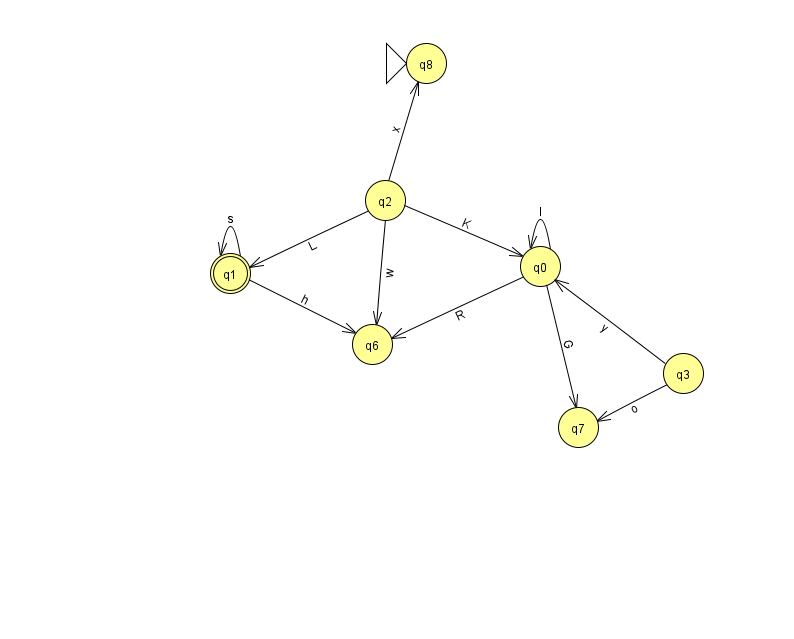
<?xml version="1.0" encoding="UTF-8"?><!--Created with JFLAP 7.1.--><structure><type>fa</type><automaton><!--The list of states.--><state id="0" name="q0"><x>540.0</x><y>253.0</y></state><state id="1" name="q1"><x>230.0</x><y>260.0</y><final/></state><state id="2" name="q2"><x>385.0</x><y>187.0</y></state><state id="3" name="q3"><x>683.0</x><y>360.0</y></state><state id="6" name="q6"><x>372.0</x><y>331.0</y></state><state id="7" name="q7"><x>578.0</x><y>414.0</y></state><state id="8" name="q8"><x>426.0</x><y>50.0</y><initial/></state><!--The list of transitions.--><transition><from>1</from><to>1</to><read>s</read></transition><transition><from>3</from><to>7</to><read>o</read></transition><transition><from>1</from><to>6</to><read>h</read></transition><transition><from>0</from><to>7</to><read>G</read></transition><transition><from>2</from><to>0</to><read>K</read></transition><transition><from>2</from><to>1</to><read>L</read></transition><transition><from>2</from><to>8</to><read>x</read></transition><transition><from>0</from><to>6</to><read>R</read></transition><transition><from>0</from><to>0</to><read>l</read></transition><transition><from>3</from><to>0</to><read>y</read></transition><transition><from>2</from><to>6</to><read>w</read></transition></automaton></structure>